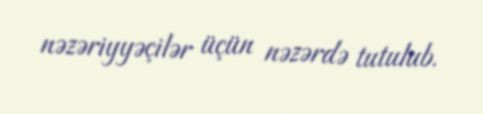
nəzəriyyəçilər üçün nəzərdə tutulub.